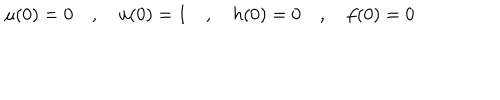
LaTeX: \mu ( 0 ) = 0 \quad , \quad u ( 0 ) = 1 \quad , \quad h ( 0 ) = 0 \quad , \quad f ( 0 ) = 0